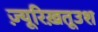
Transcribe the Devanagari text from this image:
ज़्यूरिख़तूउश